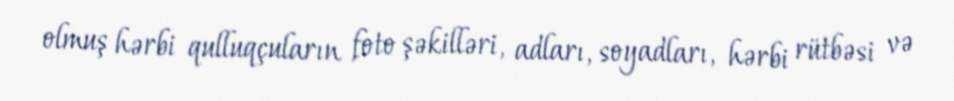
olmuş hərbi qulluqçuların foto şəkilləri, adları, soyadları, hərbi rütbəsi və